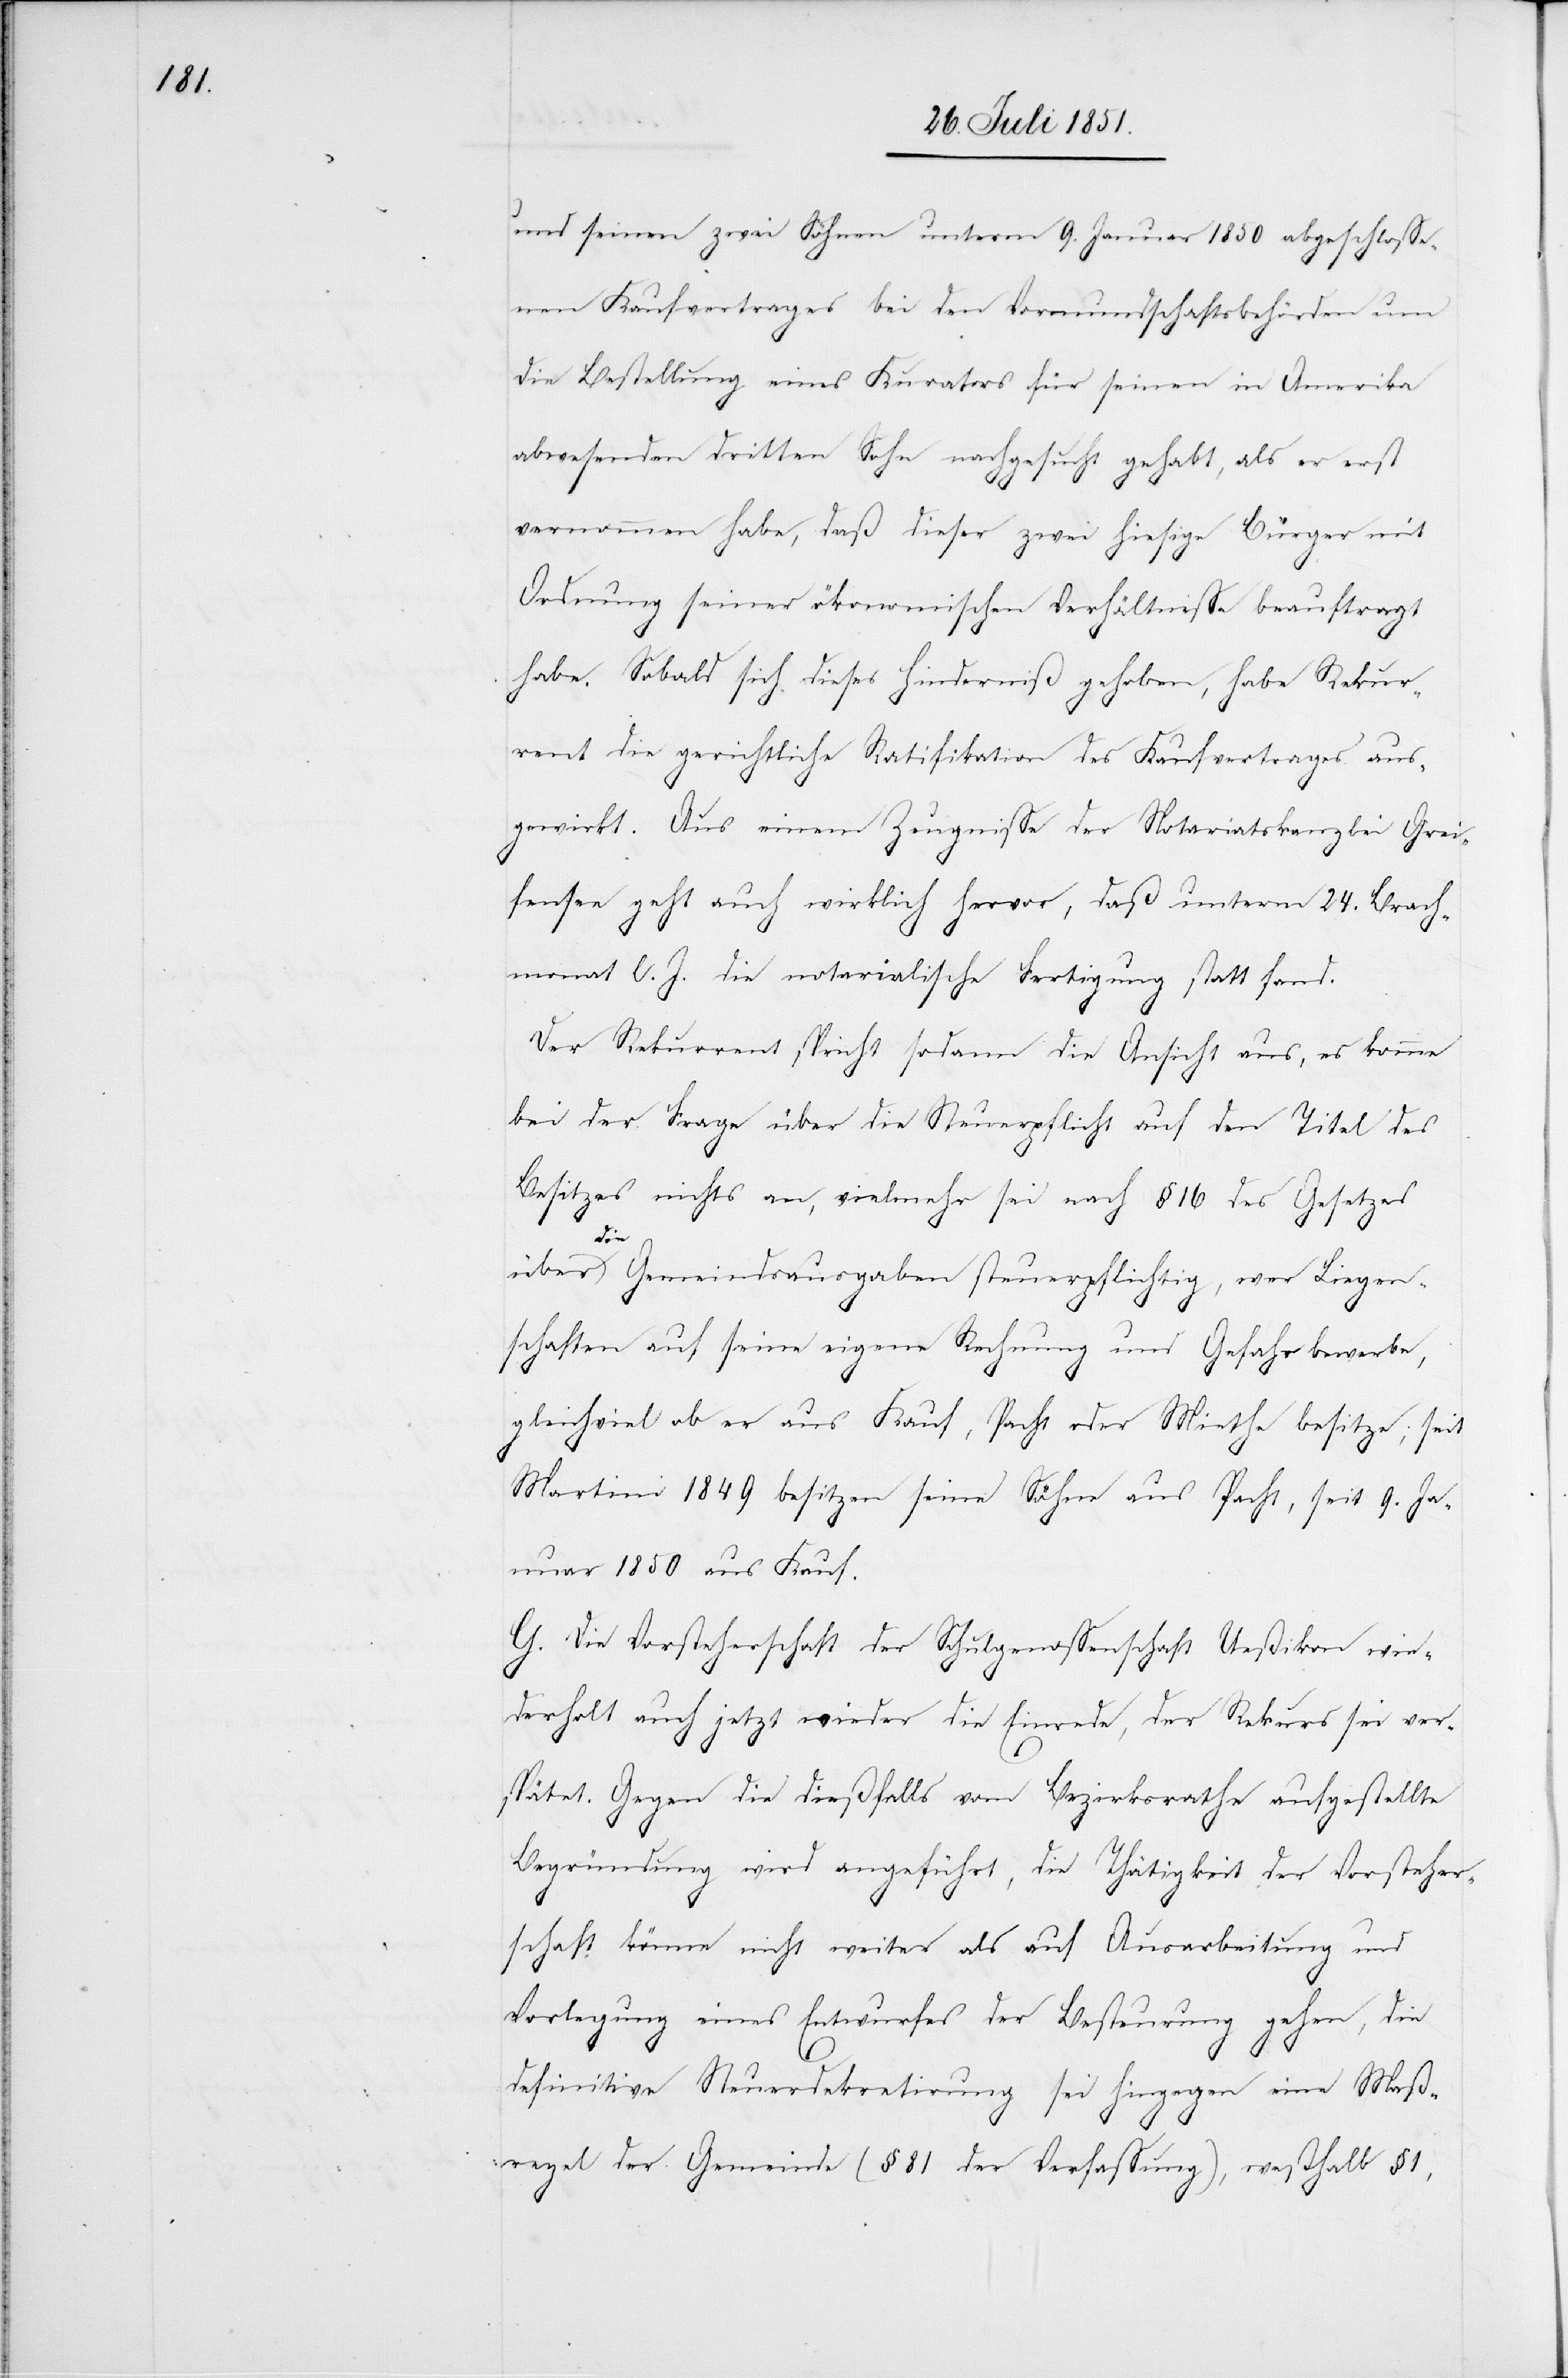
und seinen zwei Söhnen unterm 9. Januar 1850 abgeschlosse¬
nen Kaufvertrages bei den Vormundschaftsbehörden um
die Bestellung eines Kurators für seinen in Amerika
abwesenden dritten Sohn nachgesucht gehabt, als er erst
vernommen habe, daß dieser zwei hiesige Bürger mit
Ordnung seiner ökonomischen Verhältnisse beauftragt
habe. Sobald sich dieses Hinderniß gehoben, habe Rekur¬
rent die gerichtliche Ratifikation des Kaufvertrages aus¬
gewirkt. Aus einem Zeugnisse der Notariatskanzlei Grei¬
fensee geht auch wirklich hervor, daß unterm 24. Brach¬
monat l. J. die notarialische Fertigung statt fand.
Der Rekurrent spricht sodann die Ansicht aus, es komme
bei der Frage über die Steuerpflicht auf den Titel des
Besitzes nichts an, vielmehr sei nach § 16 des Gesetzes
über
die Gemeindsausgaben steuerpflichtig, wer Liegen¬
schaften auf seine eigene Rechnung und Gefahr bewerbe,
gleichviel ob er aus Kauf, Pacht oder Miethe besitze; seit
Martini 1849 besitzen seine Söhne aus Pacht, seit 9. Ja¬
nuar 1850 aus Kauf.
G. Die Vorsteherschaft der Schulgenossenschaft Ueßikon wie¬
derholt auch jetzt wieder die Einrede, der Rekurs sei ver¬
spätet. Gegen die dießfalls vom Bezirksrathe aufgestellte
Begründung wird angeführt, die Thätigkeit der Vorsteher¬
schaft könne nicht weiter als auf Ausarbeitung und
Vorlegung eines Entwurfes der Besteurung gehen, die
definitive Steuerdekretirung sei hingegen eine Maß¬
regel der Gemeinde (§ 81 der Verfassung), weßhalb § 1,